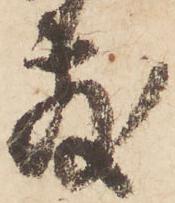
敷